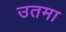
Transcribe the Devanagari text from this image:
उतमा